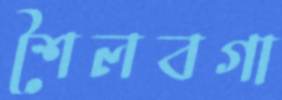
শৈলবগা